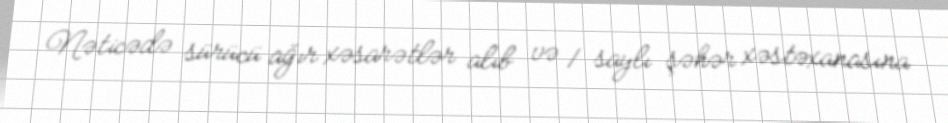
Nəticədə sürücü ağır xəsarətlər alıb və 1 saylı şəhər xəstəxanasına